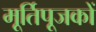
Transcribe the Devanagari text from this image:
मूर्तिपूजकों